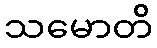
သမောတိ